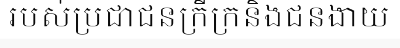
របស់ប្រជាជនក្រីក្រនិងជនងាយ